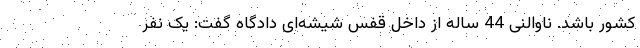
کشور باشد. ناوالنی 44 ساله از داخل قفس شیشه‌ای دادگاه گفت: یک نفر